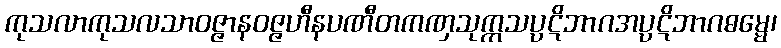
ကုသလာကုသလသာဝဇ္ဇာနဝဇ္ဇဟီနပဏီတကဏှသုက္ကသပ္ပဋိဘာဂအပ္ပဋိဘာဂဓမ္မေ၊